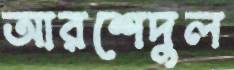
আরশেদুল